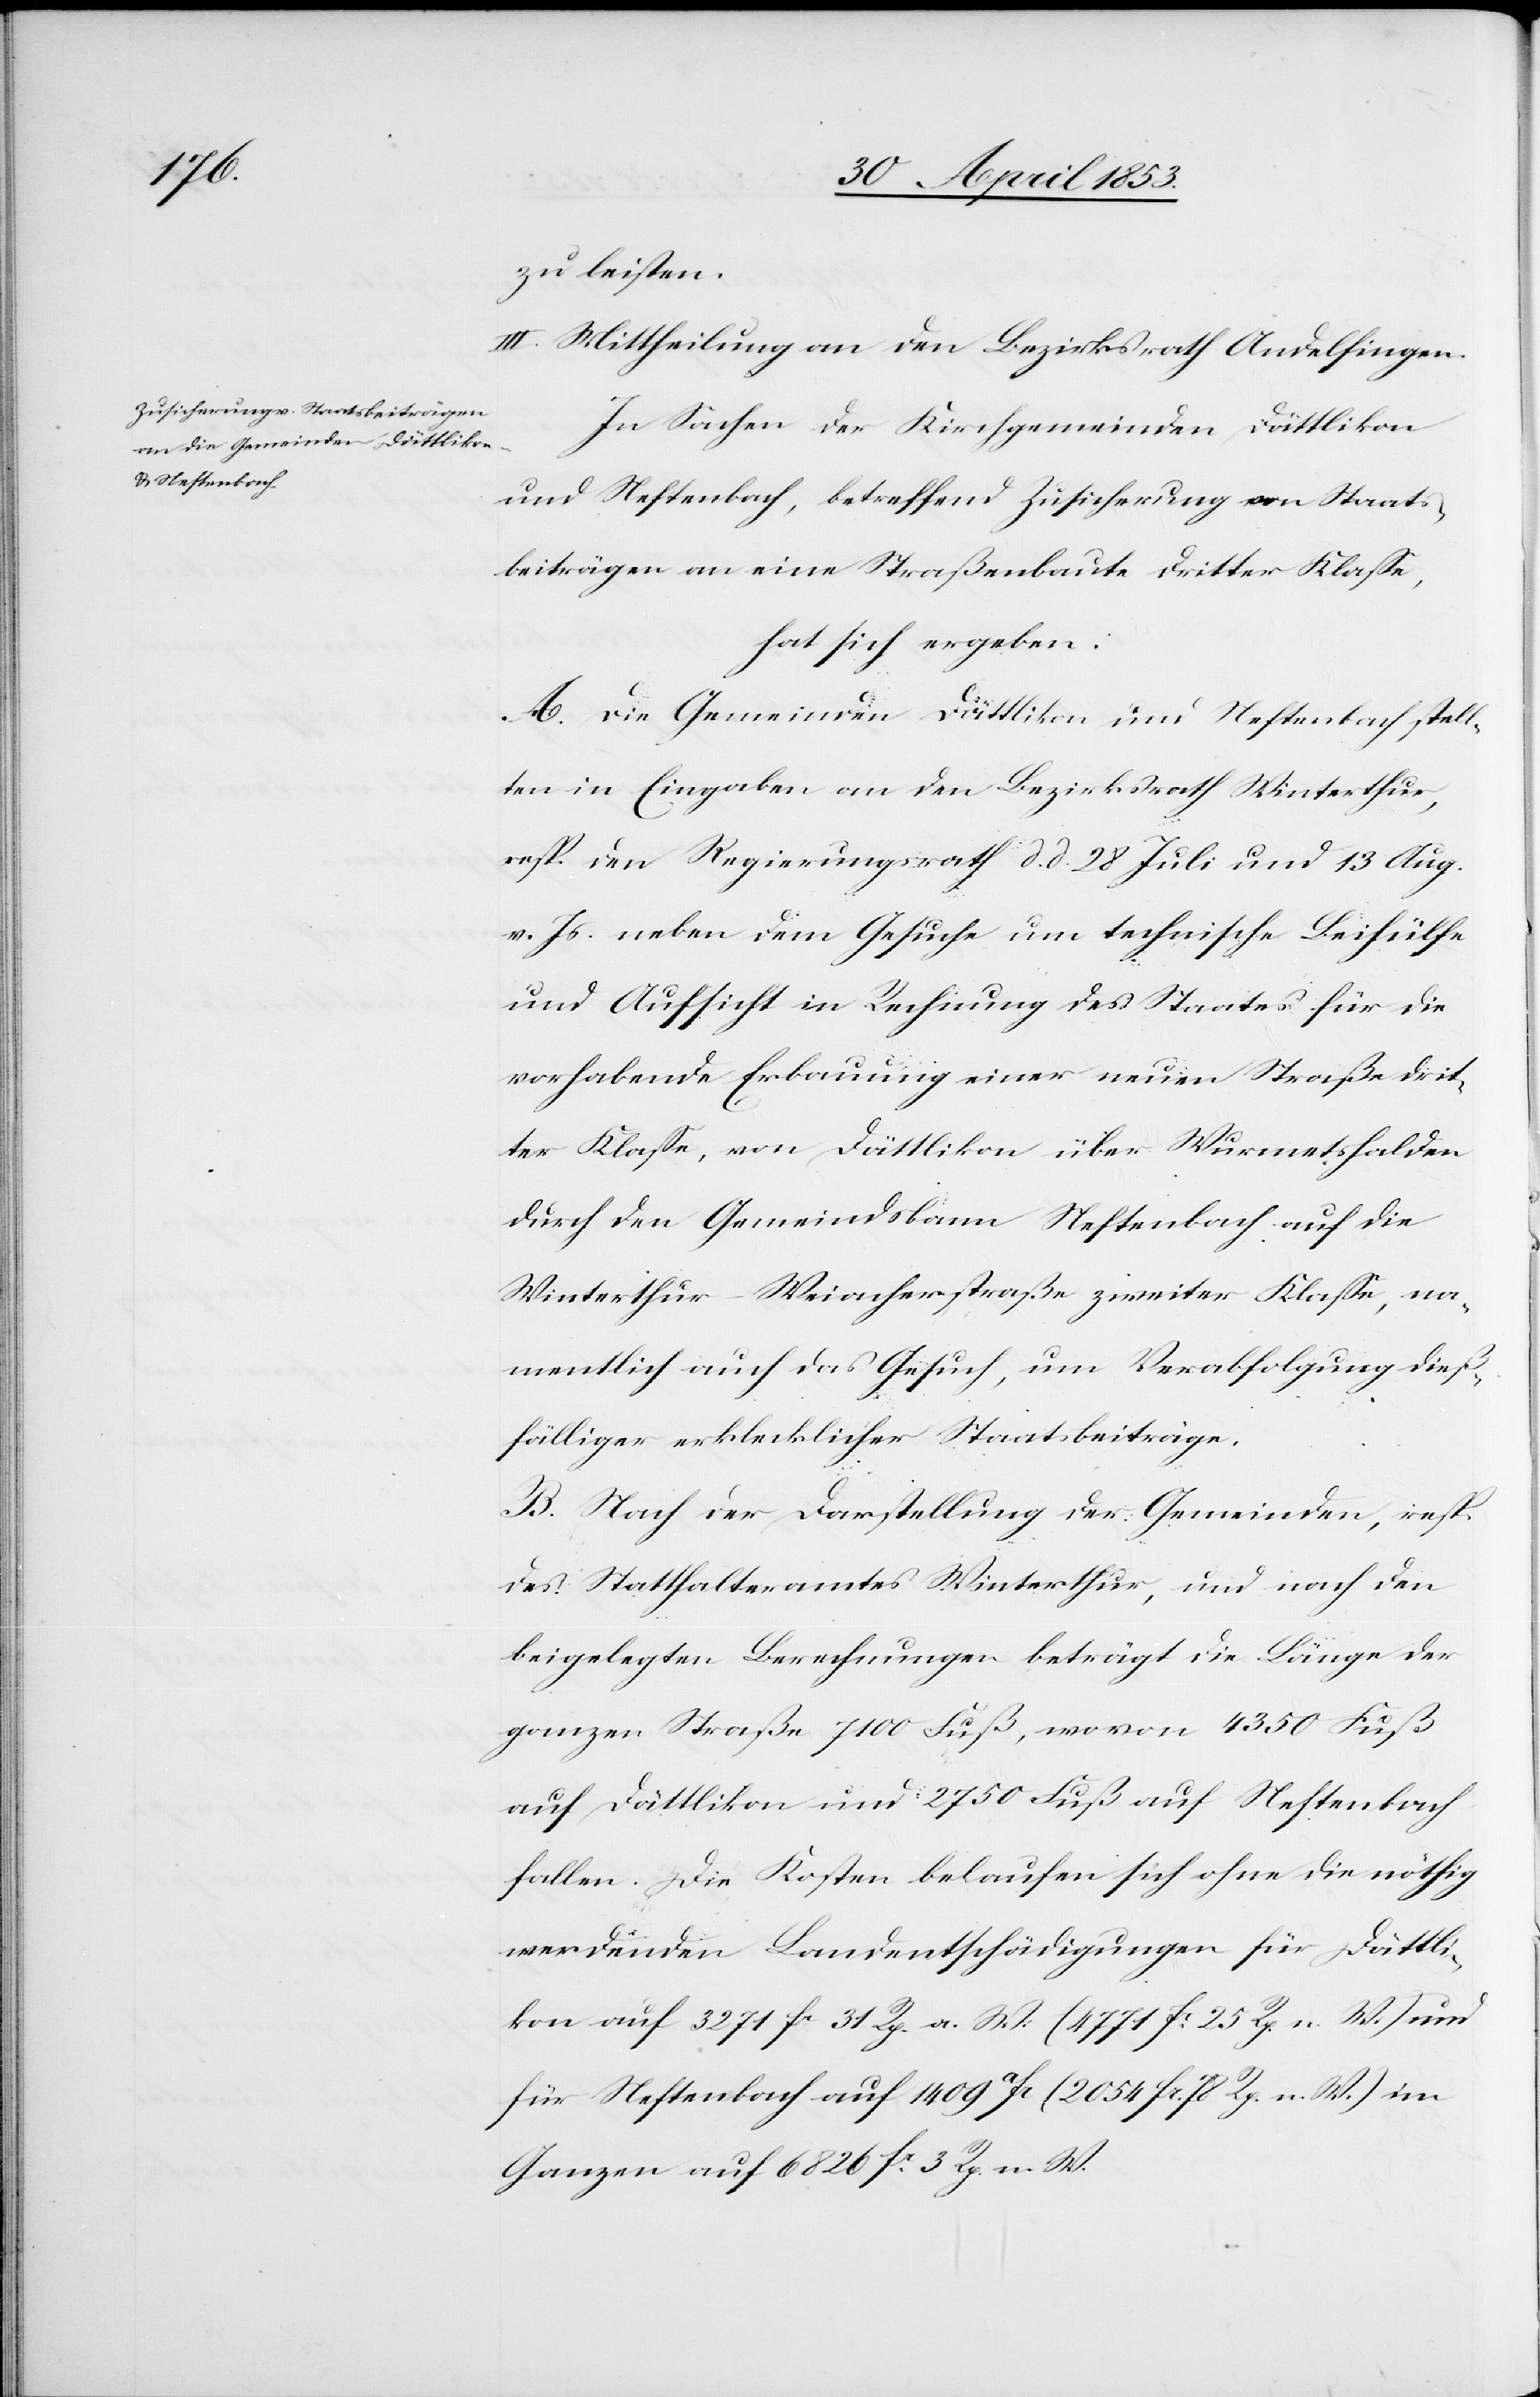
zu leisten.
III. Mittheilung an den Bezirksrath Andelfingen.
In Sachen der Kirchgemeinde, Dättlikon
und Neftenbach, betreffend Zusicherung von Staats¬
beiträgen an eine Straßenbaute dritter Klaße,
hat sich ergeben:
A. Die Gemeinde Dättlikon und Neftenbach, stell¬
ten in Eingaben an den Bezirksrath Winterthur,
resp. den Regierungsrath d. d. 28 Juli und 13 Aug.
v. Js. neben dem Gesuche um technische Beihülfe
und Aufsicht in Rechnung des Staates für die
vorhabende Erbauung einer neuen Straße drit¬
ter Klaße, von Dättlikon über Wurmetshalden
durch den Gemeindsbann Neftenbach auf die
Winterthur-Weiacherstraße zweiter Klaße, na¬
mentlich auch das Gesuch, um Verabfolgung dieß¬
fälliger erklecklicher Staatsbeiträge.
B. Nach der Darstellung der Gemeinden, resp.
des Statthalteramtes Winterthur, und nach den
beigelegten Berechnungen beträgt die Länge der
ganzen Straße 7100 Fuß, wovon 4350 Fuß
auf Dättlikon und 2750 Fuß auf Neftenbach
fallen. Die Kosten belaufen sich ohne die nöthig
werdenden Landentschädigungen für Dättli¬
kon auf 3271 fr. 31 Rp. a. W. (4771 fr. 25 Rp. n. W.) und
für Neftenbach auf 1409 afr. (2054 fr. 78 Rp. n. W.) im
Ganzen auf 6826 fr. 3 Rp. n. W.